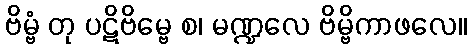
ဗိမ္ဗံ တု ပဋိဗိမ္ဗေ စ၊ မဏ္ဍလေ ဗိမ္ဗိကာဖလေ။